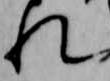
れ